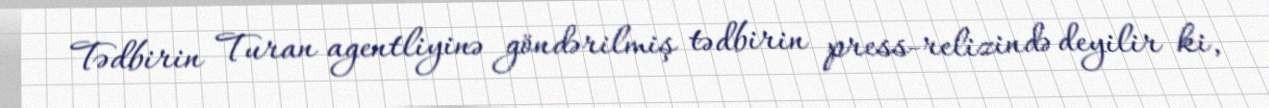
Tədbirin Turan agentliyinə göndərilmiş tədbirin press-relizində deyilir ki,